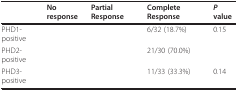
<table><thead><tr><td>[EMPTY_CELL]</td><td><b>No response</b></td><td><b>Partial Response</b></td><td><b>Complete Response</b></td><td><b><i>P </i>value</b></td></tr></thead><tbody><tr><td>PHD1-positive</td><td>[EMPTY_CELL]</td><td>[EMPTY_CELL]</td><td>6/32 (18.7%)</td><td>0.15</td></tr><tr><td>PHD2-positive</td><td>[EMPTY_CELL]</td><td>[EMPTY_CELL]</td><td>21/30 (70.0%)</td><td>[EMPTY_CELL]</td></tr><tr><td>PHD3-positive</td><td>[EMPTY_CELL]</td><td>[EMPTY_CELL]</td><td>11/33 (33.3%)</td><td>0.14</td></tr></tbody></table>